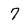
Character: 7